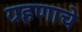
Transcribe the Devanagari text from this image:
ग्रहणाचे